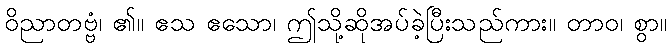
ဝိညာတဗ္ဗံ၊ ၏။ ဧသ ဧသော၊ ဤသို့ဆိုအပ်ခဲ့ပြီးသည်ကား။ တာဝ၊ စွာ။